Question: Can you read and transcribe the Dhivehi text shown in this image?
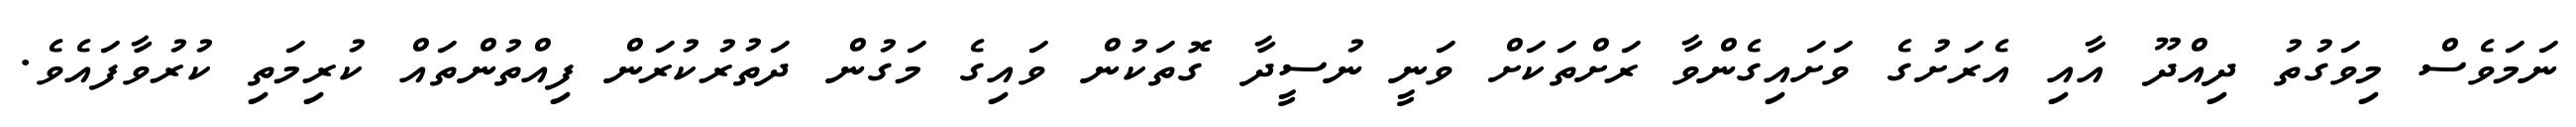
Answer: ނަމަވެސް މިވަގުތު ދިއްދޫ އާއި އެރަށުގެ ވަށައިގެންވާ ރަށްތަކަށް ވަނީ ނުސީދާ ގޮތަކުން ވައިގެ މަގުން ދަތުރުކުރަން ފިއްތުންތައް ކުރިމަތި ކުރުވާފައެވެ.